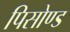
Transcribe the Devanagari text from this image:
पिसोण्ड